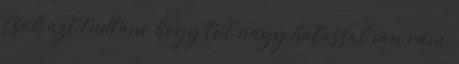
Csak azt tudtam, hogy túl nagy hatással van rám,